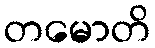
တမောတိ